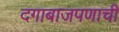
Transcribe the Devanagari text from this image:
दगाबाजपणाची